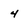
Character: 4